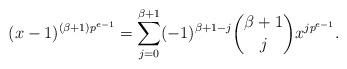
LaTeX: \begin{align*}(x-1)^{(\beta+1)p^{e-1}}=\sum_{j=0}^{\beta+1}(-1)^{\beta+1-j}{\beta+1 \choose j}x^{jp^{e-1}}.\end{align*}